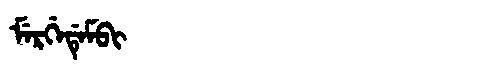
Manchu: ᠮᡝᡵᡤᡝᡩᡝᠮᠪᡳ
Romanization: MERGEDEMBI